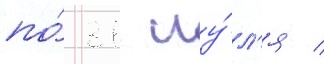
по́ 31 иу́л'я /